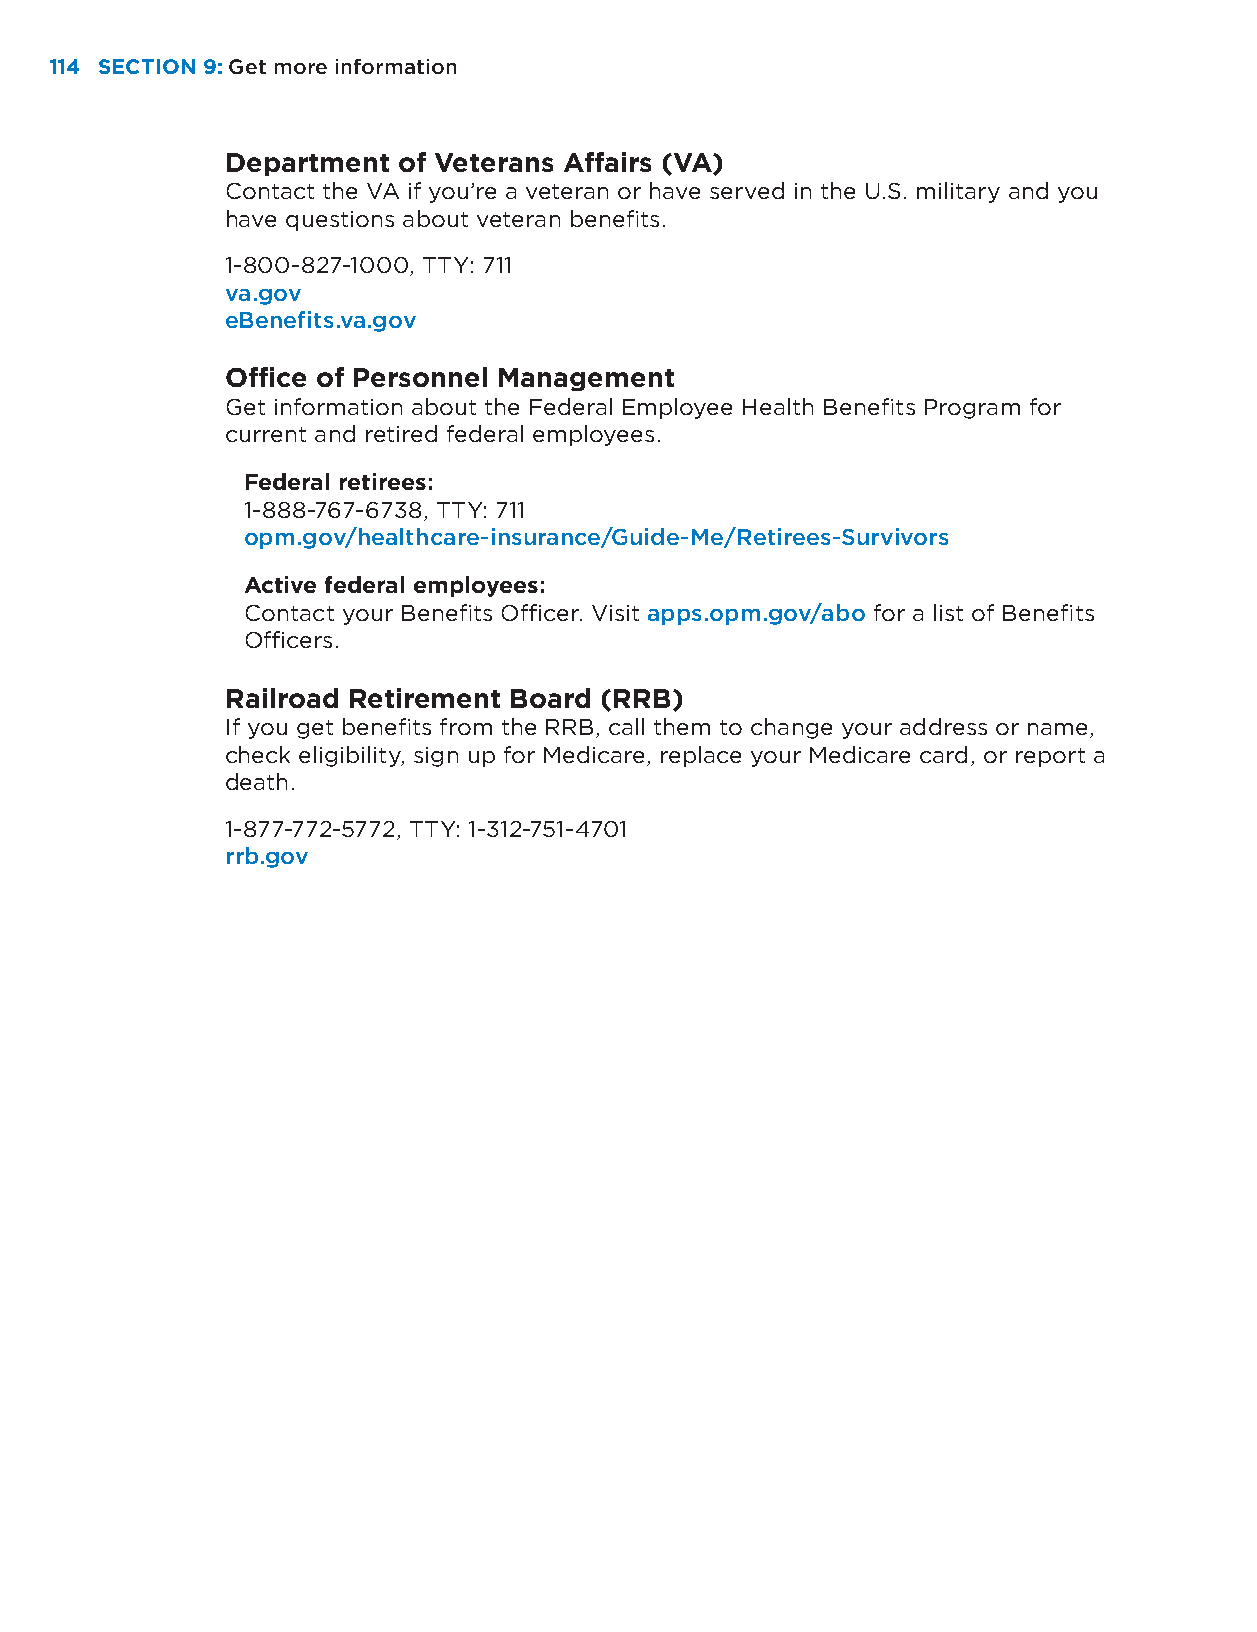
114 SECTION 9: Get more information
 Department of Veterans Affairs (VA)
 Contact the VA if you’re a veteran or have served in the U.S. military and you
 have questions about veteran benefits.
 1-800-827-1000, TTY: 711
 va.gov
 eBenefits.va.gov
 Office of Personnel Management
 Get information about the Federal Employee Health Benefits Program for
 current and retired federal employees.
 Federal retirees:
 1-888-767-6738, TTY: 711
 opm.gov/healthcare-insurance/Guide-Me/Retirees-Survivors
 Active federal employees:
 Contact your Benefits Officer. Visit apps.opm.gov/abo for a list of Benefits
 Officers.
 Railroad Retirement Board (RRB)
 If you get benefits from the RRB, call them to change your address or name,
 check eligibility, sign up for Medicare, replace your Medicare card, or report a
 death.
 1-877-772-5772, TTY: 1-312-751-4701
 rrb.gov